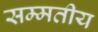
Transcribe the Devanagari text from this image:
सम्मतीय